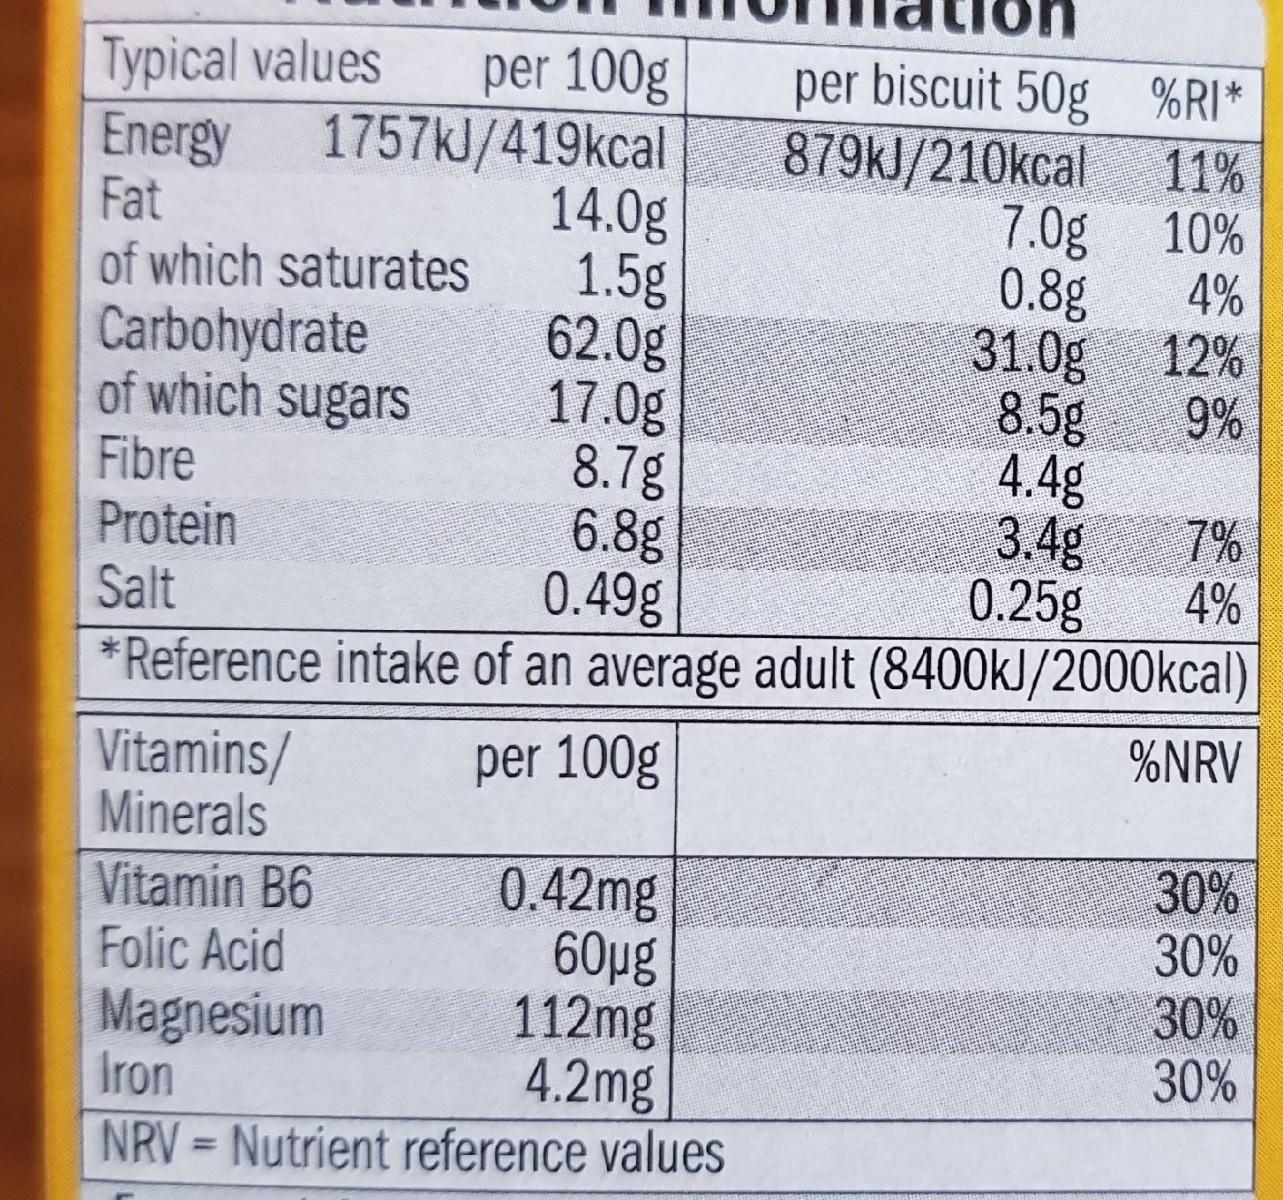
Typical values Energy Fat of which saturates
per 100g 1757KJ/419kcal 14.0g 1.5g 62.0g 17.0g 8.7g 6.8g 0.49g
per biscuit 50g %RI* 879kJ/210kcal 11% 10%
7.0g
0.8g
4%
Carbohydrate of which sugars Fibre Protein Salt
31.0g 9%
12%
8.5g 4.4g 7%
3.4g 4%
0.25g * Reference intake of an average adult (8400kJ/2000kcal)
%NRV
Vitamins/ Minerals
per 100g
0.42mg 60pg 112mg 4.2mg NRV = Nutrient reference values
30% 30% 30% 30%
Vitamin B6 Folic Acid
Magnesium Iron